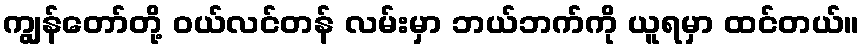
ကျွန်တော်တို့ ဝယ်လင်တန် လမ်းမှာ ဘယ်ဘက်ကို ယူရမှာ ထင်တယ်။